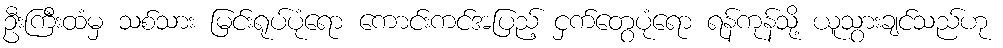
ဦးကြီးထံမှ သစ်သား မြင်းရုပ်ပုံရော ကောင်းကင်အပြည့် ငှက်တွေပုံရော ရန်ကုန်သို့ ယူသွားချင်သည်ဟု